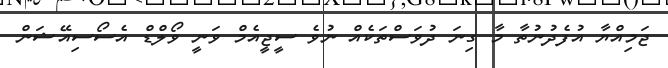
ޖަމިއްޔާ އުފެދުނުތާ މާ ގިނަ ދުވަސްތަކެއް ނުވެ ސީޖީއެމް ވަނީ ވޯލްޑް އެސޯސިއޭޝަން